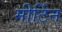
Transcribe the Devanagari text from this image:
मीर्टिन